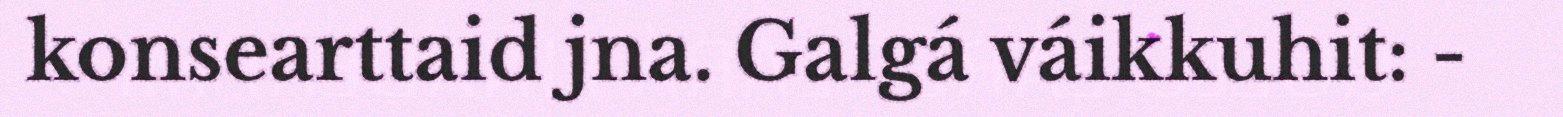
konsearttaid jna. Galgá váikkuhit: -